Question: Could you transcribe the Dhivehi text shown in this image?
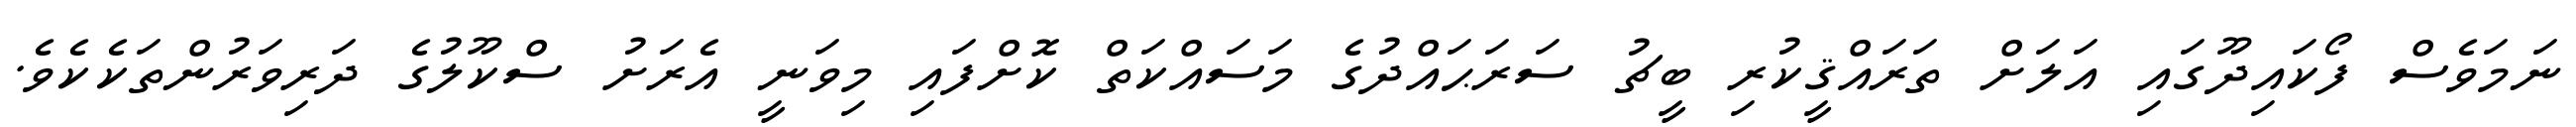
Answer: ނަމަވެސް ފޯކައިދޫގައި އަލަށް ތަރައްޤީކުރި ބީޗު ސަރަޙައްދުގެ މަސައްކަތް ކޮށްފައި މިވަނީ އެރަށު ސްކޫލުގެ ދަރިވަރުންތަކެކެވެ.